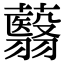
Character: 蘙